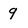
Character: 9